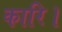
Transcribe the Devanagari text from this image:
कारि।